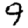
Digit: 9